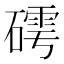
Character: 𱴭